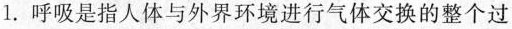
1. 呼吸是指人体与外界环境进行气体交换的整个过